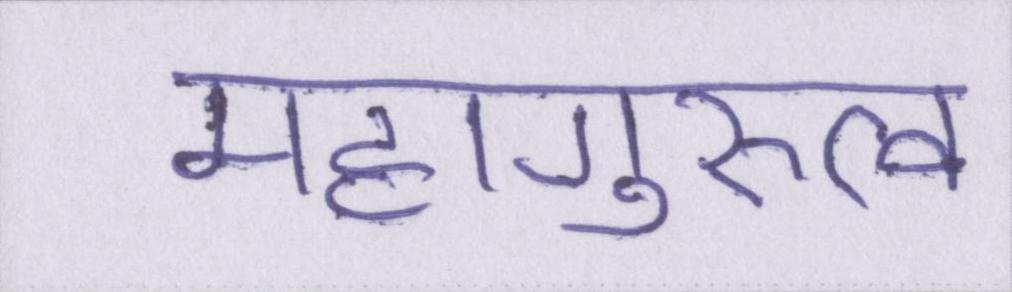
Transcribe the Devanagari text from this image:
महागुरुत्व